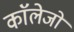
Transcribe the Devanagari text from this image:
काॅलेजो